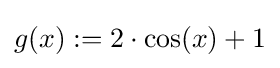
g(x):=2\cdot \cos(x)+1